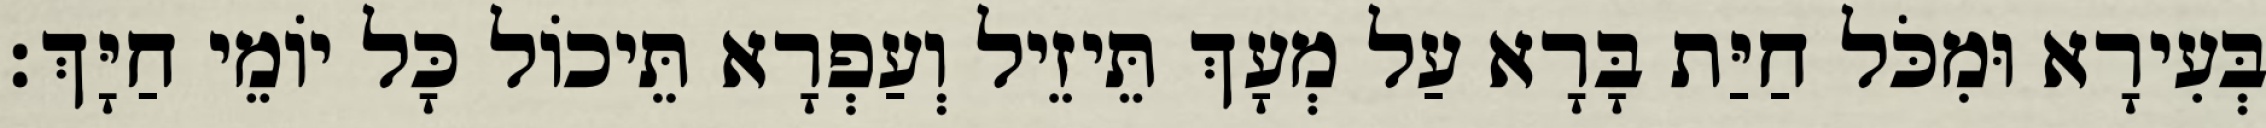
בְּעִירָא וּמִכֹּל חַיַּת בָּרָא עַל מְעָךְ תֵּיזֵיל וְעַפְרָא תֵּיכוֹל כָּל יוֹמֵי חַיָּךְ׃